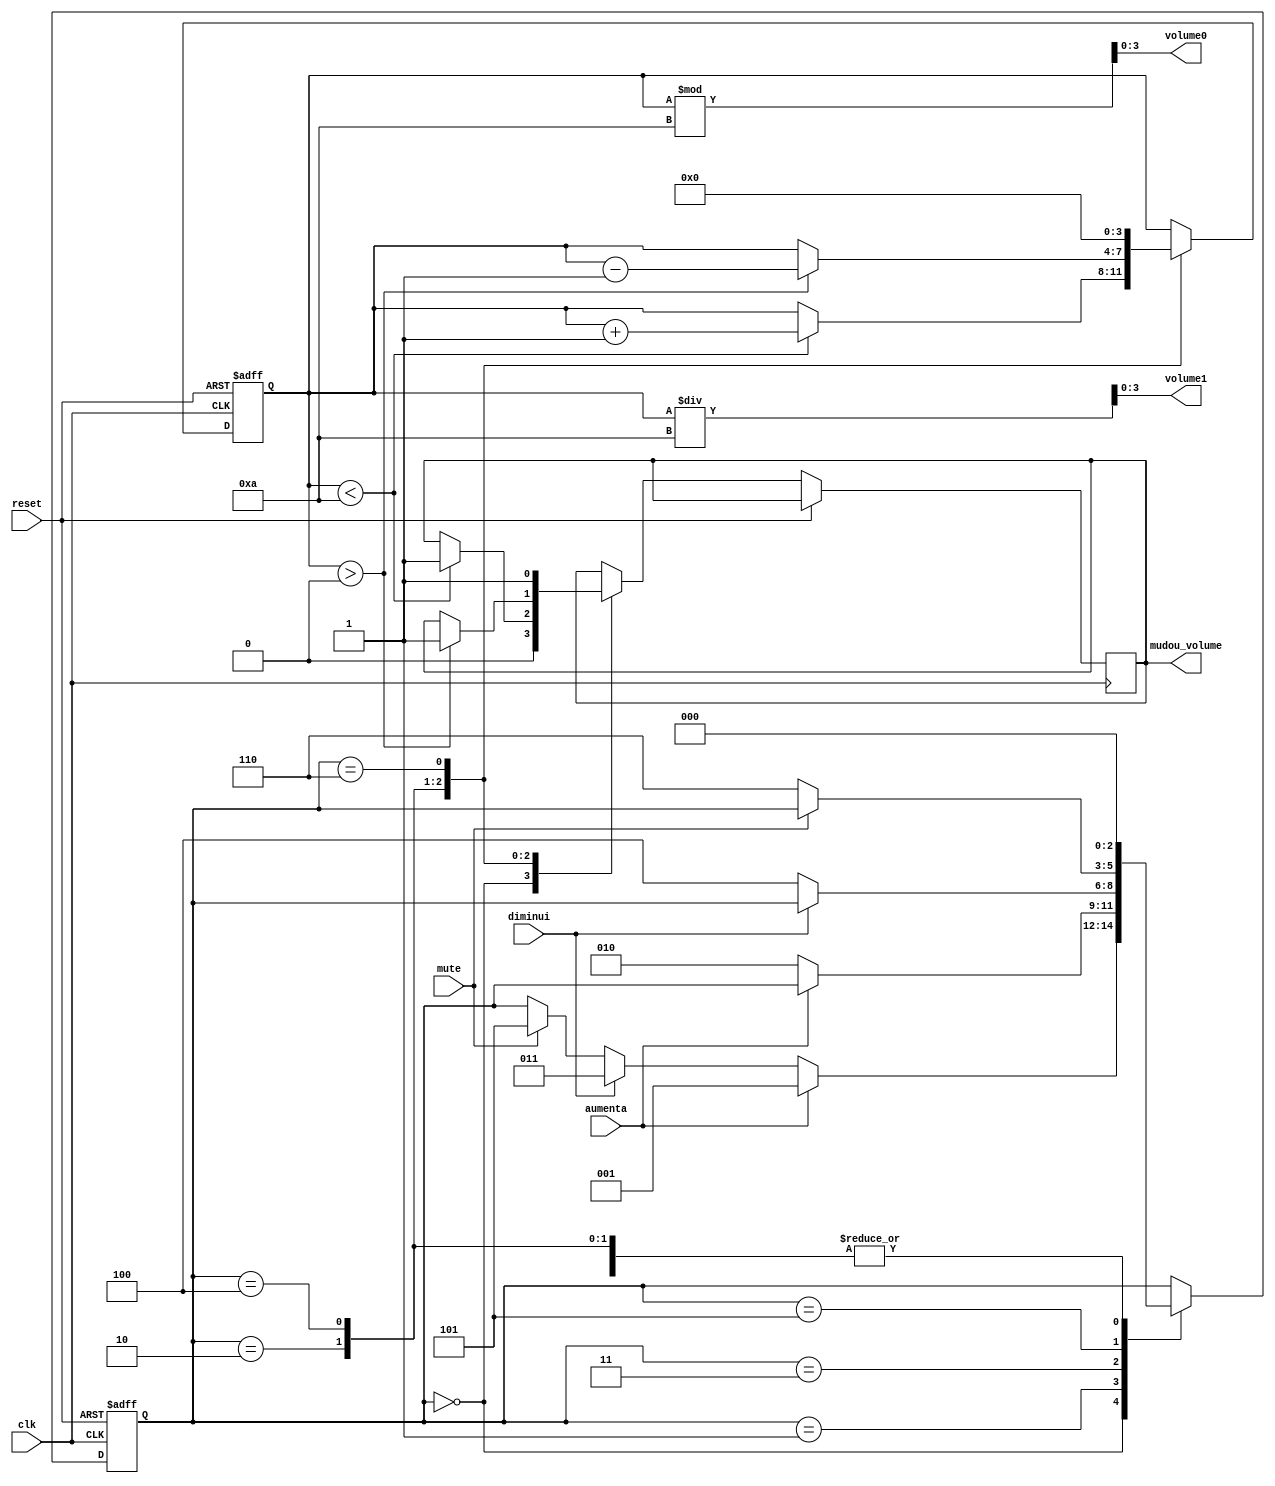
/**
 * Mdulo responsvel por gerenciar o volume do player (apenas para visualizao)
 *  
 *  @input aumenta: aumenta o volume
 *  @input diminui: diminui o volume
 *  @input muta: muta o volume
 *  @input reset: reset sncrono do volume
 *  @input clk: sinal de clock
 *  @output volume1: dgito menos significativo do volume em BCD
 *  @output volume0: dgito mais significativo do volume em BCD
 *  @output mudou_volume: sinal que indica quanto o volume  alterado
 *  
**/

module ASM_volume(
  input wire aumenta,
  input wire diminui,
  input wire mute,
  input wire reset,
  input wire clk,
  output wire[3:0] volume1,
  output wire[3:0] volume0,
  output reg mudou_volume
);

  reg[2:0] state;
  reg[3:0] volume;

  parameter inicio = 3'b000,
            apertou_aumenta = 3'b001,
            soltou_aumenta = 3'b010,
            apertou_diminui = 3'b011,
            soltou_diminui = 3'b100,
            apertou_mute = 3'b101,
            soltou_mute = 3'b110;

  parameter vol_max = 4'd10;

  initial begin
    state <= inicio;
    volume = 1'b0;
    mudou_volume <= 1'b0;
  end

  assign volume1 = volume / 10;
  assign volume0 = volume % 10;

  always @(posedge clk or posedge reset) begin
    if (reset == 1'b1) begin
      state <= inicio;
      volume = 0;
    end
    else begin
      
      case (state) 

        inicio: begin
          mudou_volume <= 1'b0;
          if (aumenta == 1'b1)
            state <= apertou_aumenta;
          else if (diminui == 1'b1)
            state <= apertou_diminui;
          else if (mute == 1'b1)
            state <= apertou_mute;
        end

        apertou_aumenta: begin
          if (aumenta == 1'b0)
            state <= soltou_aumenta;
        end

        soltou_aumenta: begin
          if (volume < vol_max) begin
            mudou_volume <= 1'b1;
            volume = volume + 4'b1;
          end
          state <= inicio;
        end

        apertou_diminui: begin
          if (diminui == 1'b0)
            state <= soltou_diminui;
        end

        soltou_diminui: begin
          if (volume > 4'b0) begin
            mudou_volume <= 1'b1;
            volume = volume - 4'b1;
          end
          state <= inicio;
        end

        apertou_mute: begin
          if (mute == 1'b0)
            state <= soltou_mute;
        end

        soltou_mute: begin
          volume = 4'b0;
          mudou_volume <= 1'b1;
          state <= inicio;
        end
      
      endcase

    end
  end

endmodule